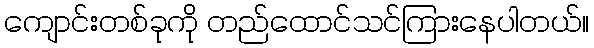
ကျောင်းတစ်ခုကို တည်ထောင်သင်ကြားနေပါတယ်။